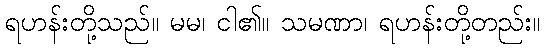
ရဟန်းတို့သည်။ မမ၊ ငါ၏။ သမဏာ၊ ရဟန်းတို့တည်း။